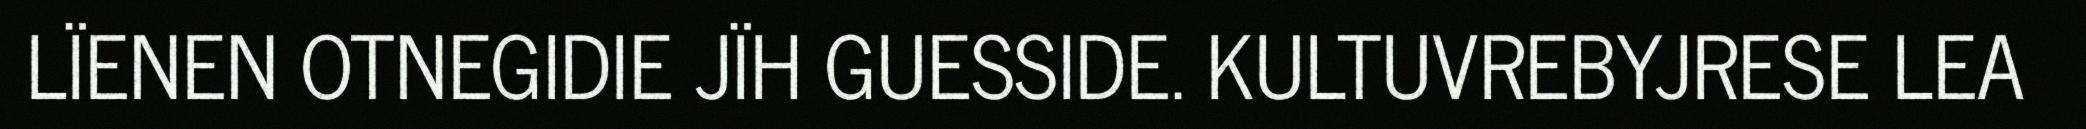
LÏENEN OTNEGIDIE JÏH GUESSIDE. KULTUVREBYJRESE LEA